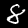
Label: 8